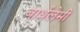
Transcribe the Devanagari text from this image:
बार्थलेमी